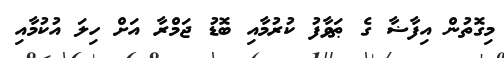
މިގޮތުން އިފާޟާ ގެ ޠަވާފު ކުރުމާއި ބޮޑު ޖަމްރާ އަށް ހިލަ އުކުމާއި